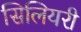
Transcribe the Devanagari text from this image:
सिलियरी